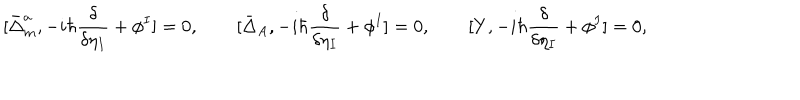
[ \bar { \Delta } _ { m } ^ { a } , - i \hbar \frac { \delta } { \delta \eta _ { I } } + \phi ^ { I } ] = 0 , \qquad [ \bar { \Delta } _ { A } , - i \hbar \frac { \delta } { \delta \eta _ { I } } + \phi ^ { I } ] = 0 , \qquad [ Y , - i \hbar \frac { \delta } { \delta \eta _ { I } } + \phi ^ { I } ] = 0 ,